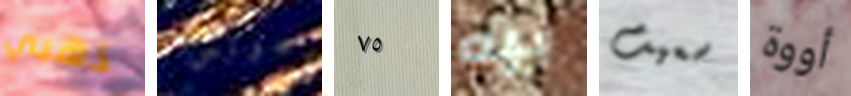
ذهبي جونس ٧٥ بيه سعيت أووة